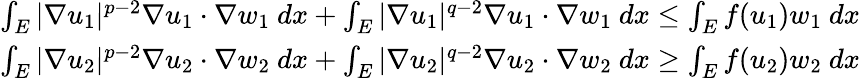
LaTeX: \begin{array}{r}{\int_{E}|\nabla u_{1}|^{p-2}\nabla u_{1}\cdot\nabla w_{1}\ dx+\int_{E}|\nabla u_{1}|^{q-2}\nabla u_{1}\cdot\nabla w_{1}\ dx\leq\int_{E}f(u_{1})w_{1}\ dx}\\ {\int_{E}|\nabla u_{2}|^{p-2}\nabla u_{2}\cdot\nabla w_{2}\ dx+\int_{E}|\nabla u_{2}|^{q-2}\nabla u_{2}\cdot\nabla w_{2}\ dx\geq\int_{E}f(u_{2})w_{2}\ dx}\end{array}